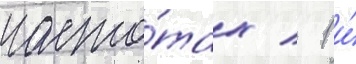
часто́тах / 1 и́